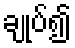
ချုပ်၍